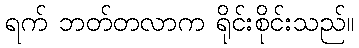
ရက် ဘတ်တလာက ရိုင်းစိုင်းသည်။